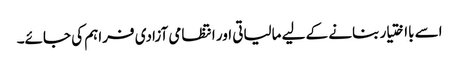
اسے بااختیار بنانے کے لیے مالیاتی اور انتظامی آزادی فراہم کی جائے۔